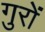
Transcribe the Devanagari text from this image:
गुरों